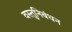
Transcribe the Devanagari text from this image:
वस्तुनिबंधन